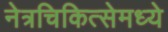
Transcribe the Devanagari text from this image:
नेत्रचिकित्सेमध्ये